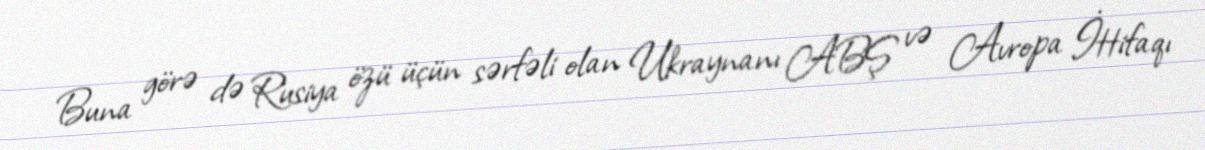
Buna görə də Rusiya özü üçün sərfəli olan Ukraynanı ABŞ və Avropa İttifaqı